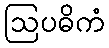
ဩပဓိကံ